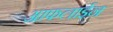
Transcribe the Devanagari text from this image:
आफलाईन